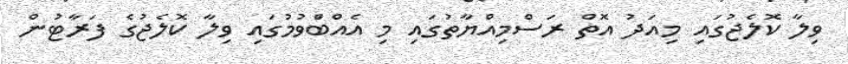
ވިލާ ކޮލެޖުގައި މިއަދު އޮތް ރަސްމިއްޔާތުގައި މި އެއްބަްވުމުގައި ވިލާ ކޮލެޖުގެ ފަރާޓުން